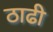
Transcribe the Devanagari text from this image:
ठाढी